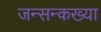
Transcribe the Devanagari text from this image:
जन्सन्कख्या